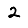
Digit: 2